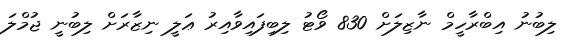
ލިބުނު އިބްރާހީމް ނާޒިލަށް 830 ވޯޓު ލިބިފައިވާއިރު ޢަލީ ނިޒާރަށް ލިބުނީ ޖުމްލަ